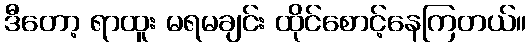
ဒီတော့ ရာထူး မရမချင်း ထိုင်စောင့်နေကြတယ်။